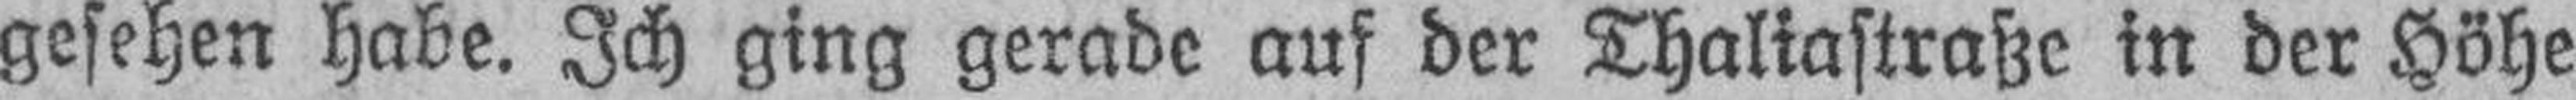
gesehen habe. Ich ging gerade auf der Thaliastraße in der Höhe